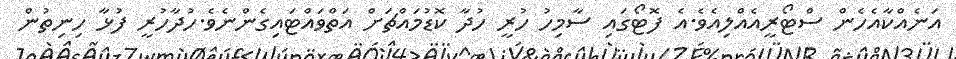
އަނެއްކާއެހެން ސްޓޯރީއެއްލިއެވެ.އެ ފޮޓޯގައި ސާމިހު ހުރީ ހުދާ ކޮޑުމައްޗަށް އަތްވައްޓައިގެންނެވެ.ހުދާހުރީ ފުޅާ ހިނިތުން